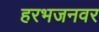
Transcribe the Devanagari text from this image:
हरभजनवर